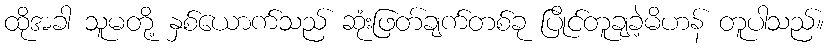
ထိုအခါ သူမတို့ နှစ်ယောက်သည် ဆုံးဖြတ်ချက်တစ်ခု ပြိုင်တူချခဲ့မိဟန် တူပါသည်။